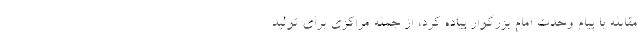
مقابله با پیام وحدت امام بزرگوار پیاده کرد، از جمله مراکزی برای تولید